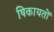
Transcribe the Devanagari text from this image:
षिकायतों